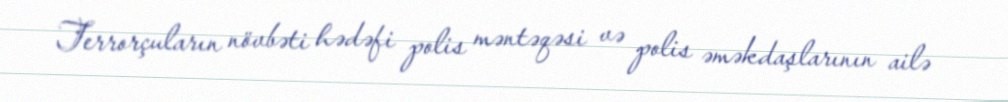
Terrorçuların növbəti hədəfi polis məntəqəsi və polis əməkdaşlarının ailə